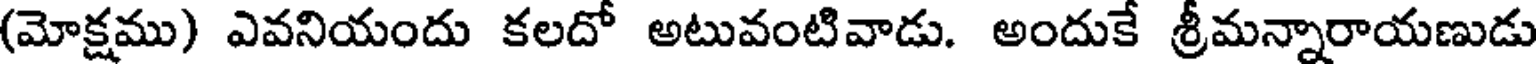
(మోక్షము) ఎవనియందు కలదో అటువంటివాడు. అందుకే శ్రీమన్నారాయణుడు